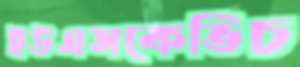
ইউএসকেভিচ